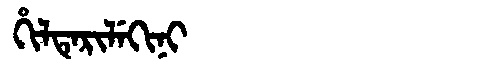
Manchu: ᡥᡳᠯᡨᡝᡵᡳᠯᡝᡴᡳᠨᡳ
Romanization: HILTERILEKINI